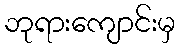
ဘုရားကျောင်းမှ